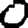
Digit: 0